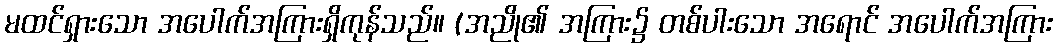
မထင်ရှားသော အပေါက်အကြားရှိကုန်သည်။ (အညို၏ အကြား၌ တစ်ပါးသော အရောင် အပေါက်အကြား